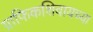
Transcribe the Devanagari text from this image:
ग्राफिकशिवायच्या